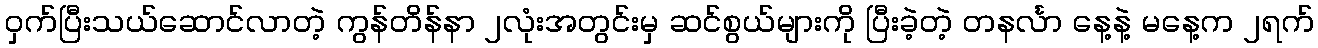
ဝှက်ပြီးသယ်ဆောင်လာတဲ့ ကွန်တိန်နာ ၂လုံးအတွင်းမှ ဆင်စွယ်များကို ပြီးခဲ့တဲ့ တနင်္လာ နေ့နဲ့ မနေ့က ၂ရက်